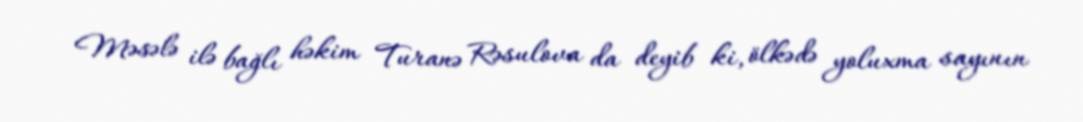
Məsələ ilə bağlı həkim Turanə Rəsulova da deyib ki, ölkədə yoluxma sayının